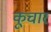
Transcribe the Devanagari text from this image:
कूचार